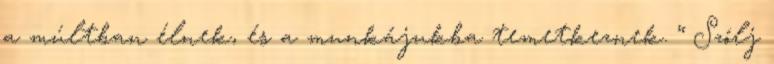
a múlt­ban élnek, és a mun­ká­jukba temet­kez­nek. “ Szólj